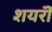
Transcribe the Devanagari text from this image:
शयरॊं